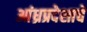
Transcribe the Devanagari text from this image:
आंध्रप्रदेशाचे